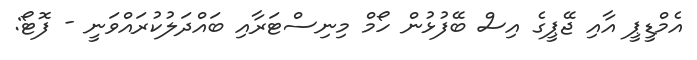
އެމްޑީޕީ އާއި ޖޭޕީގެ އިސް ބޭފުޅުން ހޯމް މިނިސްޓަރާއި ބައްދަލުކުރައްވަނީ - ފޮޓޯ: